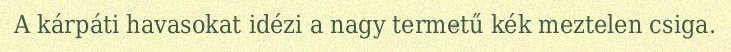
A kárpáti havasokat idézi a nagy termetű kék meztelen csiga.